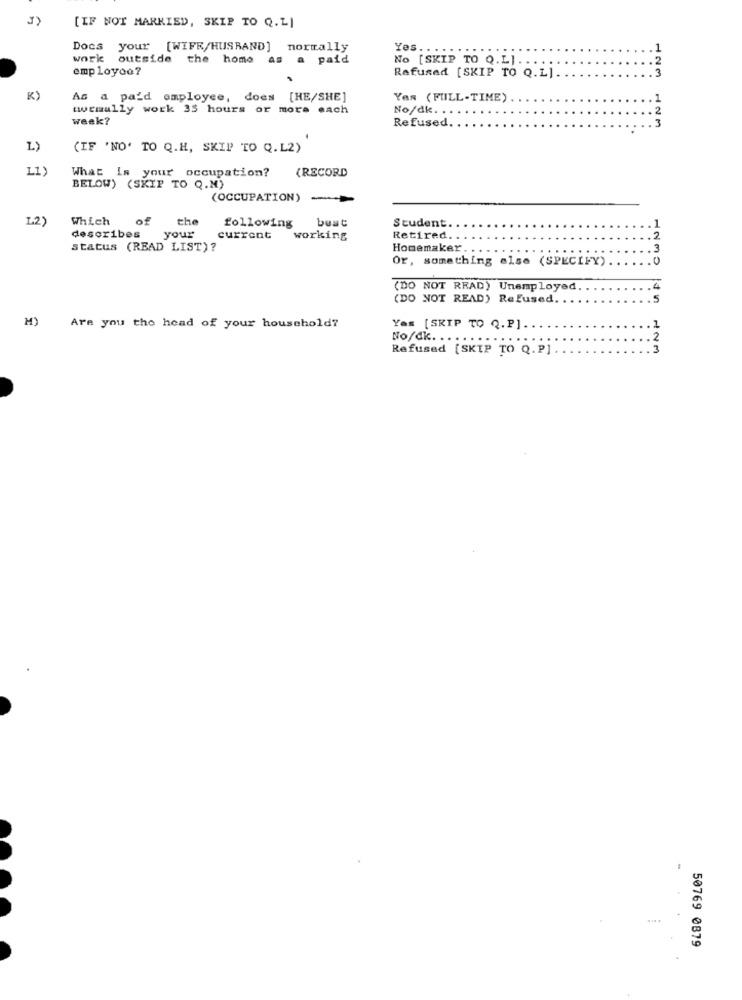
[IF NOT MARKIED, SKIP TO Q. L]
Docs
your [WIFR/HUSRAND] normally
Yes. .
work
outside the home
a paid
NO [SKIP TO Q.L] . .
employoo?
Refused [SKIP TO Q.L]
123
K)
As a paid employee,
does
[HE/SHE]
Yes (FULL-TIME)
wwwrmally work 35 hours or more each
No/dk ..
week?
Refused.
123
L)
(IF 'NO' TO Q.H, SKIP TO Q. L2)
What Is your occupation? (RECORD
BELOW) (SKIP TO Q.M)
(OCCUPATION)
1.2)
Which
of
the
Student
following
best
describes
your
current
working
Retired.
status (READ LIST)?
Homemaker
Or, something else (SPECIFY)
0
(DO NOT READ) Unemployed
4
(DO NOT READ) Refused,
.5
M)
Are you tho head of your household?
Yas [SKIP TO Q.P].
1
No/dk ...
2
Refused [SKIP TO Q.P]
3
50769 0879